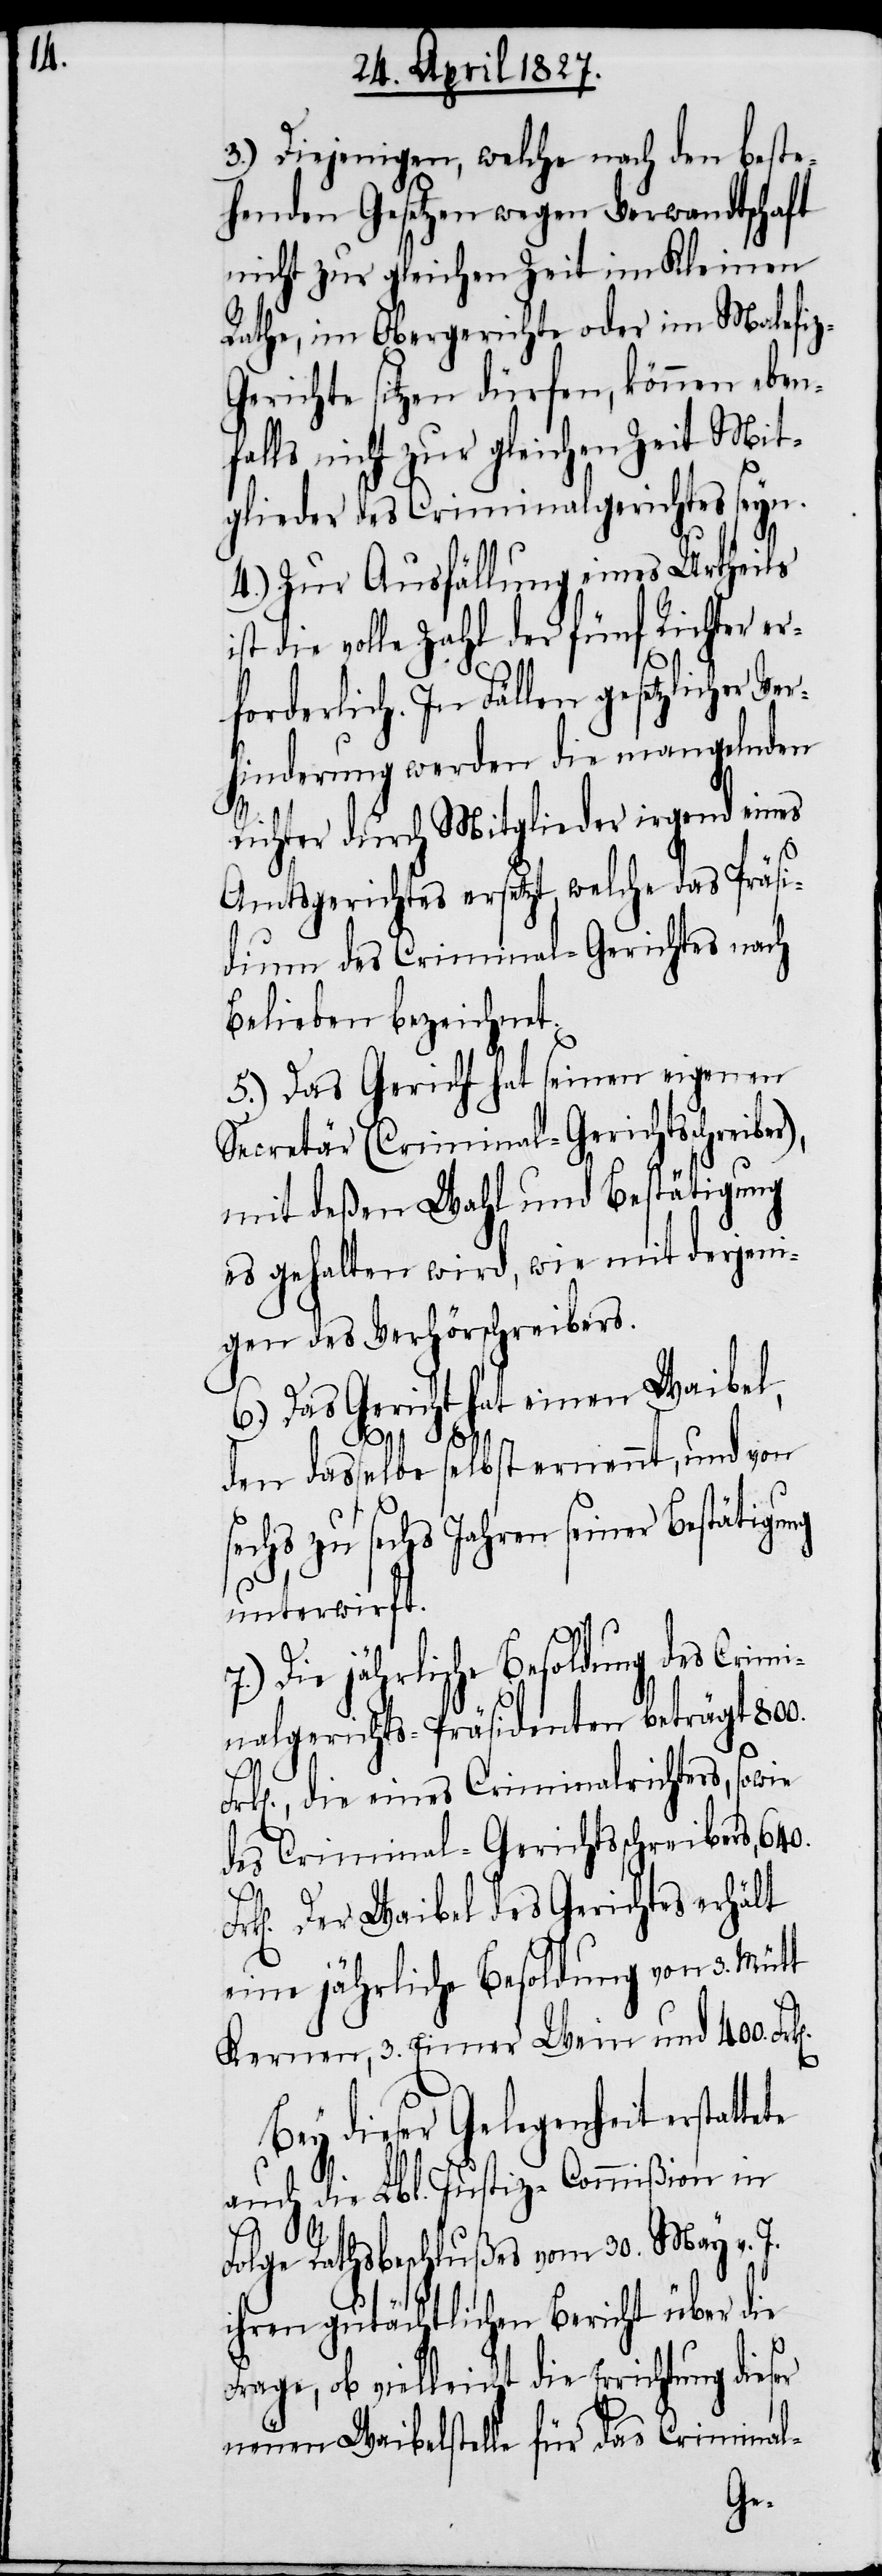
3.) Diejenigen, welche nach den beste¬
henden Gesetzen wegen Verwandtschaft
nicht zur gleichen Zeit im Kleinen
Rathe, im Obergericht oder im Malefi¬
erichte sitzen dürfen, können eben¬
falls nicht zur gleichen Zeit Mit¬
glieder des Criminalgerichtes seyn.
4.) Zur Ausfällung eines Urtheils
st die volle Zahl der fünf Richter er¬
forderlich. In Fällen gesetzlicher Ve¬
rhinderung werden die mangelnden
Richter durch Mitglieder irgend eines
Amtsgerichtes ersetzt, welche das Präsi¬
dium des Criminal-Gerichtes nach
Belieben bezeichnet.
5.) Das Gericht hat seinen eigenen
Secretär (Criminal-Gerichtsschreibe¬
mit deßen Wahl und Bestätigung
es gehalten wird, wie mit derjeni¬
gen des Verhörschreibers.
6.) Das Gericht hat einen Waibel,
den dasselbe selbst ernennt, und von
sechs zu sechs Jahren seiner Bestätigung
unterwirft.
7.) Die jährliche Besoldung des Crimi¬
nalgerichts-Präsidenten beträgt 800.
die eines Criminalrichters, sowie
des Criminal-Gerichtsschreibers, 640.
Der Waibel des Gerichts erhält
eine jährliche Besoldung von 3. Mütt
Kernen, 3. Eimer Wein und 400.
Bey dieser Gelegenheit erstatte¬
auch die Lbl. Justiz-Commißion in
te
r),
Folge Rathsbeschlußes vom 30. May v. J.
ihren gutächtlichen Bericht über die
Frage, ob vielleicht die Errichtung dieser
neuen Waibelstelle für das Criminal-
z-G¬